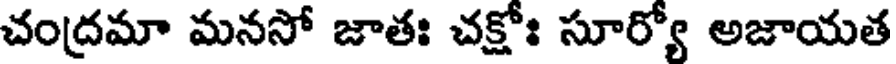
చంద్రమా మనసో జాతః చక్షోః సూర్యో అజాయత